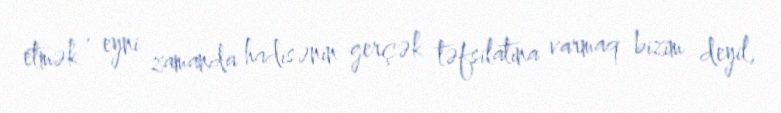
etmək , eyni zamanda hadisənin gerçək təfsilatına varmaq bizim deyil,